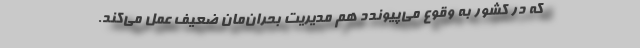
که در کشور به وقوع می‌پیوندد هم مدیریت بحران‌مان ضعیف عمل می‌کند.